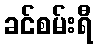
ခင်စမ်းရီ